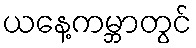
ယနေ့ကမ္ဘာတွင်